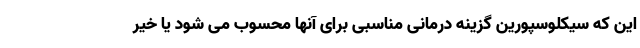
این که سیکلوسپورین گزینه درمانی مناسبی برای آنها محسوب می شود یا خیر